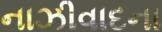
નાઝીવાદના